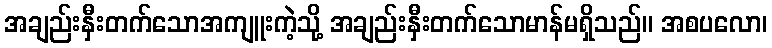
အချည်းနှီးတက်သောအကျူးကဲ့သို့ အချည်းနှီးတက်သောမာန်မရှိသည်။ အစပလော၊